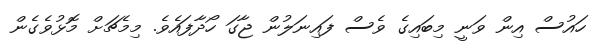
ހައުސް އިން ވަނީ މިބައިގެ ވެސް ފައިނަލުން ޖާގަ ހޯދާފައެވެ. މިމެޗަށް މޮޅުވެގެން